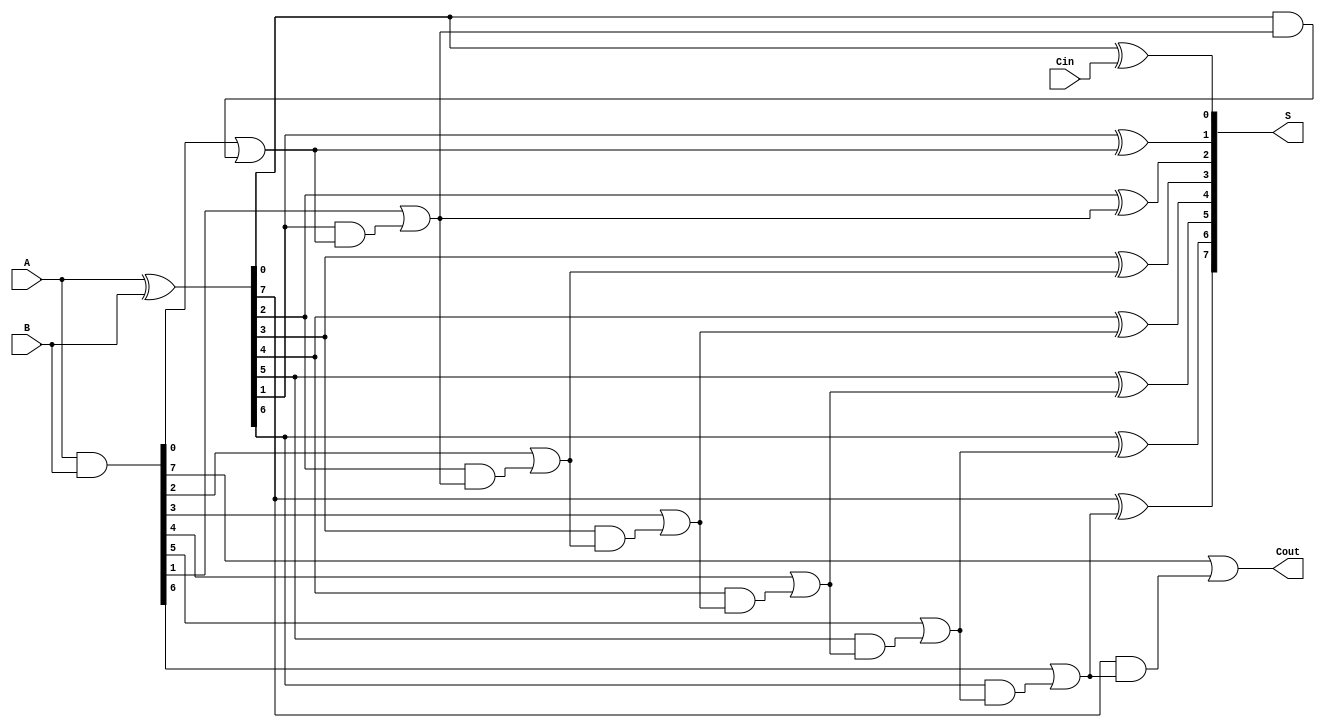
module KoggeStoneAdder #(parameter n = 8) (
    input [n-1:0] A,      // First n-bit input
    input [n-1:0] B,      // Second n-bit input
    input Cin,            // Carry-in
    output [n-1:0] S,     // Sum output
    output Cout           // Carry-out
);

    // Generate and Propagate signals
    wire [n-1:0] G; // Generate
    wire [n-1:0] P; // Propagate
    wire [n-1:0] C; // Carry signals for stage 0

    // Generate and Propagate calculations
    assign G = A & B;          // G[i] = A[i] & B[i]
    assign P = A ^ B;          // P[i] = A[i] ^ B[i]

    // Stage 0 carry calculations
    assign C[0] = G | (P & {Cin, C[n-1:1]}); // C[0][i] = G[i] | (P[i] & C[0][i-1])

    // Intermediate carry signals for stages
    genvar i, j;
    generate
        for (i = 1; i < n; i = i + 1) begin : carry_stages
            wire [n-1:0] temp_C;
            assign temp_C[0] = G[i] | (P[i] & C[i-1]);
            for (j = 1; j <= i; j = j + 1) begin
                assign temp_C[j] = G[i] | (P[i] & G[j-1]) | (P[i] & P[j-1] & C[j-2]);
            end
            assign C[i] = temp_C;
        end
    endgenerate

    // Sum calculations
    assign S[0] = P[0] ^ Cin; // S[0] = P[0] ^ Cin
    generate
        for (i = 1; i < n; i = i + 1) begin : sum_calculation
            assign S[i] = P[i] ^ C[i-1]; // S[i] = P[i] ^ C[0][i-1]
        end
    endgenerate

    // Final carry-out
    assign Cout = G[n-1] | (P[n-1] & C[n-2]); // Cout = G[n-1] | (P[n-1] & C[0][n-2])

endmodule